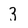
Character: 3